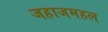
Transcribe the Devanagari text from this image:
जहाजमहल